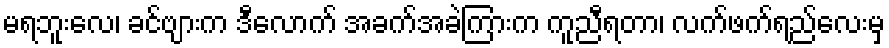
မရဘူးလေ၊ ခင်ဗျားက ဒီလောက် အခက်အခဲကြားက ကူညီရတာ၊ လက်ဖက်ရည်လေးမှ